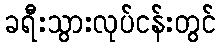
ခရီးသွားလုပ်ငန်းတွင်